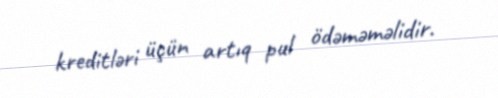
kreditləri üçün artıq pul ödəməməlidir.